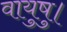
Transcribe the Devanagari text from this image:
वायुषु।